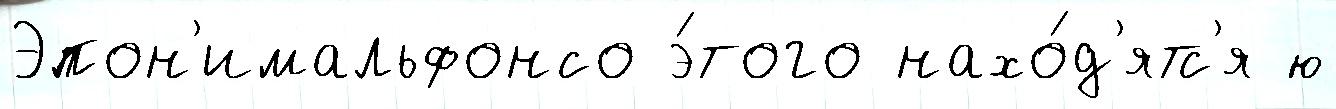
Эпон'имальфонсо э́того нахо́д'ятс'я ю